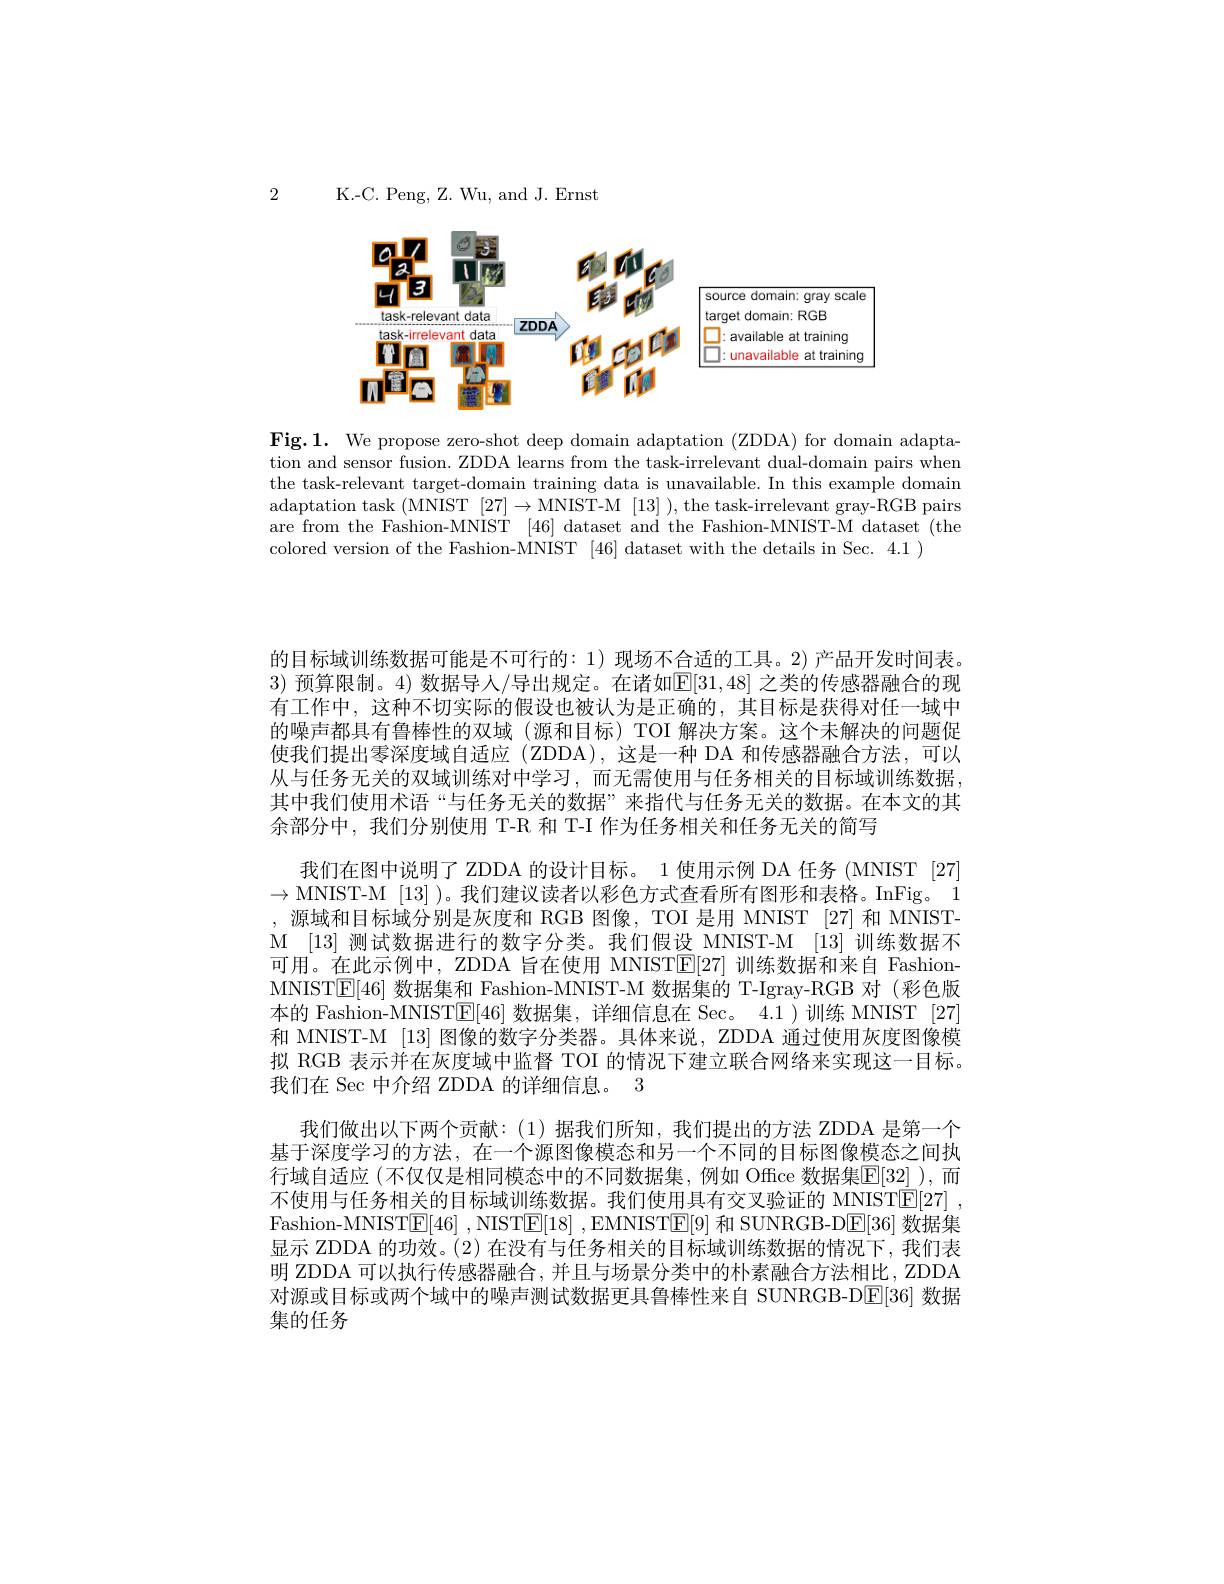
2

K.-C. Peng, Z. Wu, and J. Ernst

<FigureHere>

Fig.1. We propose zero-shot deep domain adaptation (ZDDA) for domain adaptation and sensor fusion. ZDDA learns from the task-irrelevant dual-domain pairs when the task-relevant target-domain training data is unavailable. In this example domain adaptation task (MNIST [27]→MNIST-M [13] ), the task-irrelevant gray-RGB pairs are from the Fashion-MNIST [46] dataset and the Fashion-MNIST-M dataset (the colored version of the Fashion-MNIST [46] dataset with the details in Sec. 4.1 )

的目标域训练数据可能是不可行的：1)现场不合适的工具。2)产品开发时间表3)预算限制。4) 数据导人/导出规定。在诸如E[31,48]之类的传感器融合的现有工作中，这种不切实际的假设也被认为是正确的，其目标是获得对任一域中的噪声都具有鲁棒性的双域(源和目标)TOI 解决方案。这个未解决的问题促使我们提出零深度域自适应(ZDDA),这是一种 DA 和传感器融合方法，可以从与任务无关的双域训练对中学习，而无需使用与任务相关的目标域训练数据其中我们使用术语“与任务无关的数据”来指代与任务无关的数据。在本文的其余部分中，我们分别使用 T-R 和 T-I 作为任务相关和任务无关的简写
我们在图中说明了 ZDDA 的设计目标。1 使用示例 DA 任务 (MNIST [27] $\to$MNIST-M [13] )。我们建议读者以彩色方式查看所有图形和表格。InFig。1 , 源域和目标域分别是灰度和 RGB 图像，TOI 是用 MNIST [27] 和 MNISTM [13] 测试数据进行的数字分类。我们假设 MNIST-M [13] 训练数据不可用。在此示例中，ZDDA 旨在使用 MNIST$\mathbb{E}[27]$训练数据和来自 FashionMNISTE[46]数据集和 Fashion-MNIST-M 数据集的 T-Igray-RGB 对 (彩色版本的 Fashion-MNISTE[46]数据集，详细信息在 Sec。4.1)训练 MNIST [27] 和 MNIST-M [13] 图像的数字分类器。具体来说，ZDDA 通过使用灰度图像模拟 RGB 表示并在灰度域中监督 TOI 的情况下建立联合网络来实现这一目标。我们在 Sec 中介绍 ZDDA 的详细信息。3
我们做出以下两个贡献：(1)据我们所知，我们提出的方法 ZDDA 是第一个基于深度学习的方法，在一个源图像模态和另一个不同的目标图像模态之间执行域自适应 (不仅仅是相同模态中的不同数据集，例如 Office 数据集$\mathbb{E}[32]$ ),而不使用与任务相关的目标域训练数据。我们使用具有交叉验证的 MNIST$\boxed{\mathrm{E} [ 27] }$ , Fashion-MNIST$\underline {\mathrm{E} }[ 46]$ ,NIST$\underline {\mathrm{E} }[ 18]$ ,EMNIST$\underline{\mathrm{E}}[9]$和 SUNRGB-DE[36] 数据集显示 ZDDA 的功效。(2) 在没有与任务相关的目标域训练数据的情况下，我们表明 ZDDA 可以执行传感器融合，并且与场景分类中的朴素融合方法相比，ZDDA 对源或目标或两个域中的噪声测试数据更具鲁棒性来自 SUNRGB-D$\boxed{\mathbb{E}}[36]$数据集的任务